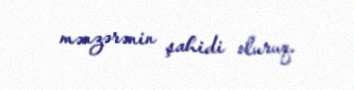
mənzərənin şahidi oluruq.